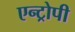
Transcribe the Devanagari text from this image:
एन्ट्रोपी